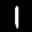
Label: 1